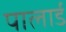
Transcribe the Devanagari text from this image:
पालार्ड